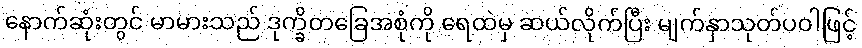
နောက်ဆုံးတွင် မာမားသည် ဒုက္ခိတခြေအစုံကို ရေထဲမှ ဆယ်လိုက်ပြီး မျက်နှာသုတ်ပဝါဖြင့်